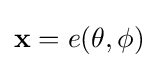
\mathbf {x} =e(\theta ,\phi )